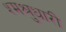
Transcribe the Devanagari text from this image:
श्मश्रुधारी